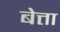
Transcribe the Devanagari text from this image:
बेत्ता